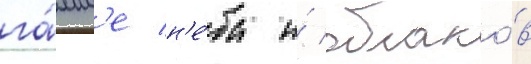
га́мм'е н'е́ба и́ облако́в